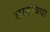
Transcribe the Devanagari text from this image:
लाट्विया